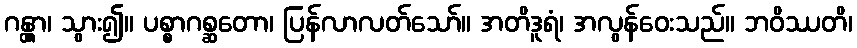
ဂန္တွာ၊ သွား၍။ ပစ္စာဂစ္ဆတော၊ ပြန်လာလတ်သော်။ အတိဒူရံ၊ အလွန်ဝေးသည်။ ဘဝိဿတိ၊